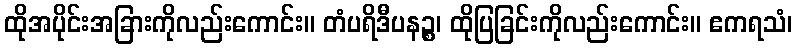
ထိုအပိုင်းအခြားကိုလည်းကောင်း။ တံပရိဒီပနဉ္စ၊ ထိုပြခြင်းကိုလည်းကောင်း။ ဧကရသံ၊